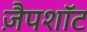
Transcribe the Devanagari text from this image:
ज़ैपशॉट